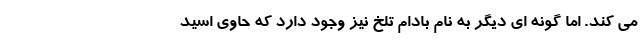
مي كند. اما گونه اي ديگر به نام بادام تلخ نيز وجود دارد كه حاوي اسيد